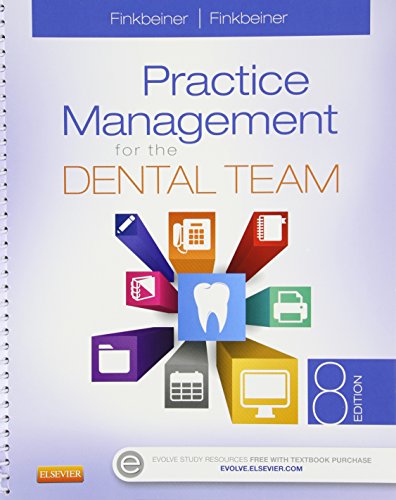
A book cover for Practice Management for the Dental Team - Text and Workbook Package, 8e; Betty Ladley Finkbeiner CDA Emeritus  RDA  BS  MS; Medical Books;